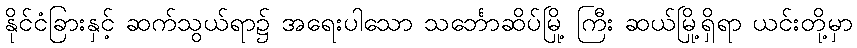
နိုင်ငံခြားနှင့် ဆက်သွယ်ရာ၌ အရေးပါသော သင်္ဘောဆိပ်မြို့ ကြီး ဆယ်မြို့ရှိရာ ယင်းတို့မှာ